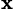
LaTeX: ^{\mathbf{x}}